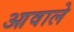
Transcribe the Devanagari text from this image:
आवाले